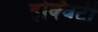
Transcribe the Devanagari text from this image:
इक्‍विटी